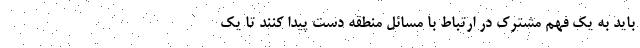
باید به یک فهم مشترک در ارتباط با مسائل منطقه دست پیدا کنند تا یک